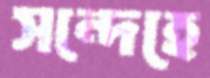
সন্দেহে